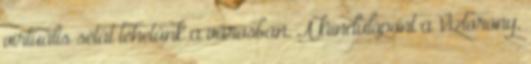
virtuális sétát tehetünk a városban. A kiindulópont a Víztorony,